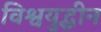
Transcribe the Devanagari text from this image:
विश्वयुद्धीन